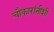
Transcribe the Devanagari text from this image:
चौकारांनीशी